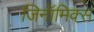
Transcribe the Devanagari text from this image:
जिनॉमिक्स